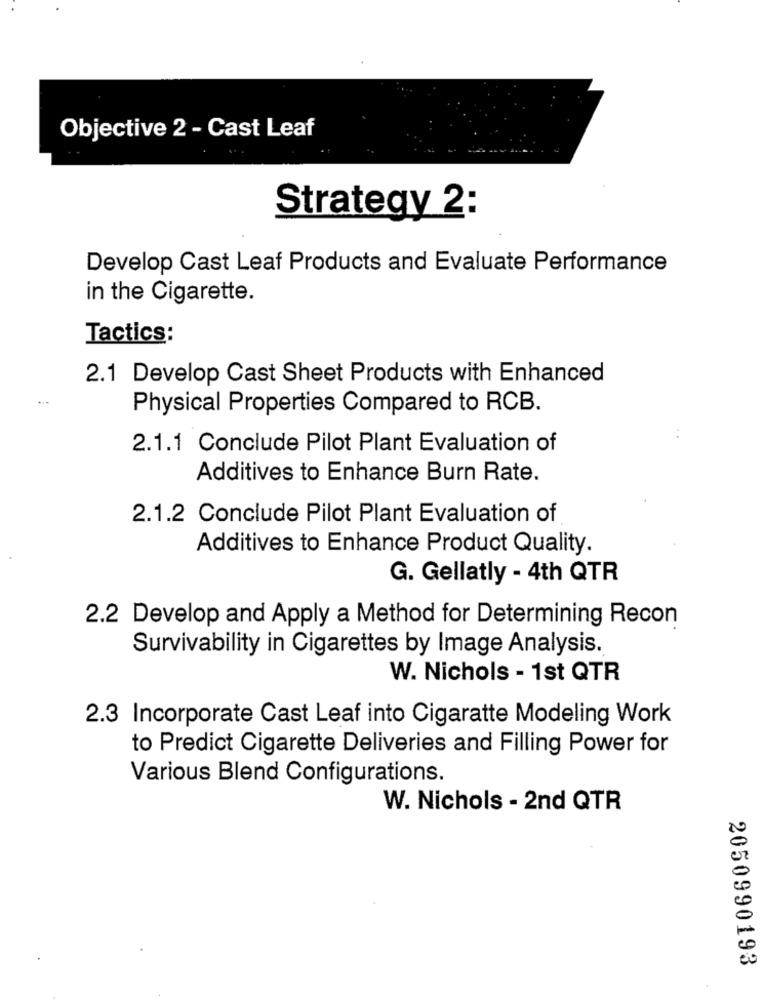
Objective 2 - Cast Leaf
Strategy 2:
Develop Cast Leaf Products and Evaluate Performance
in the Cigarette.
Tactics:
2.1 Develop Cast Sheet Products with Enhanced
Physical Properties Compared to RCB.
2.1.1 Conclude Pilot Plant Evaluation of
Additives to Enhance Burn Rate.
2.1.2 Conclude Pilot Plant Evaluation of
Additives to Enhance Product Quality.
G. Gellatly - 4th QTR
2.2 Develop and Apply a Method for Determining Recon
Survivability in Cigarettes by Image Analysis.
W. Nichols - 1st QTR
2.3 Incorporate Cast Leaf into Cigaratte Modeling Work
to Predict Cigarette Deliveries and Filling Power for
Various Blend Configurations.
W. Nichols - 2nd QTR
2050990193